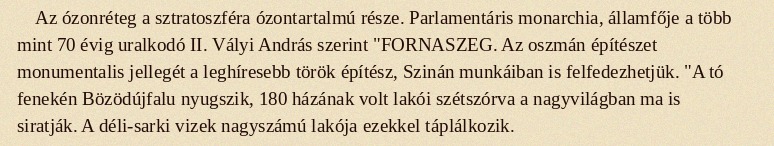
Az ózonréteg a sztratoszféra ózontartalmú része. Parlamentáris monarchia, államfője a több mint 70 évig uralkodó II. Vályi András szerint "FORNASZEG. Az oszmán építészet monumentalis jellegét a leghíresebb török építész, Szinán munkáiban is felfedezhetjük. "A tó fenekén Bözödújfalu nyugszik, 180 házának volt lakói szétszórva a nagyvilágban ma is siratják. A déli-sarki vizek nagyszámú lakója ezekkel táplálkozik.